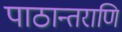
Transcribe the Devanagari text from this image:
पाठान्तराणि